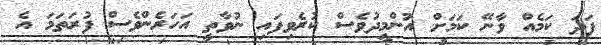
ފަދަ ކަމެއް ވާނޭ ކަމަށް އުންމީދުވެސް ކުރެވިފައި ނުވާތީ އަހަރެންވެސް ފުރަތަމަ އެ